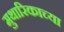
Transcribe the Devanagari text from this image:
मुथारिकाच्या